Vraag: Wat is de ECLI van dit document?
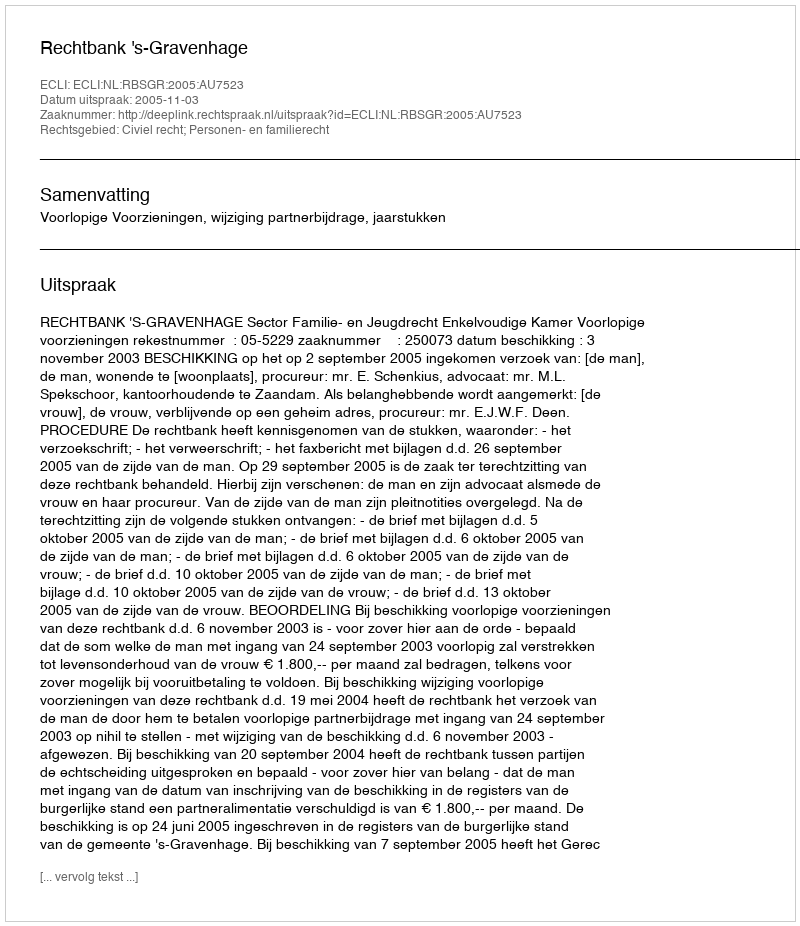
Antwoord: ECLI:NL:RBSGR:2005:AU7523